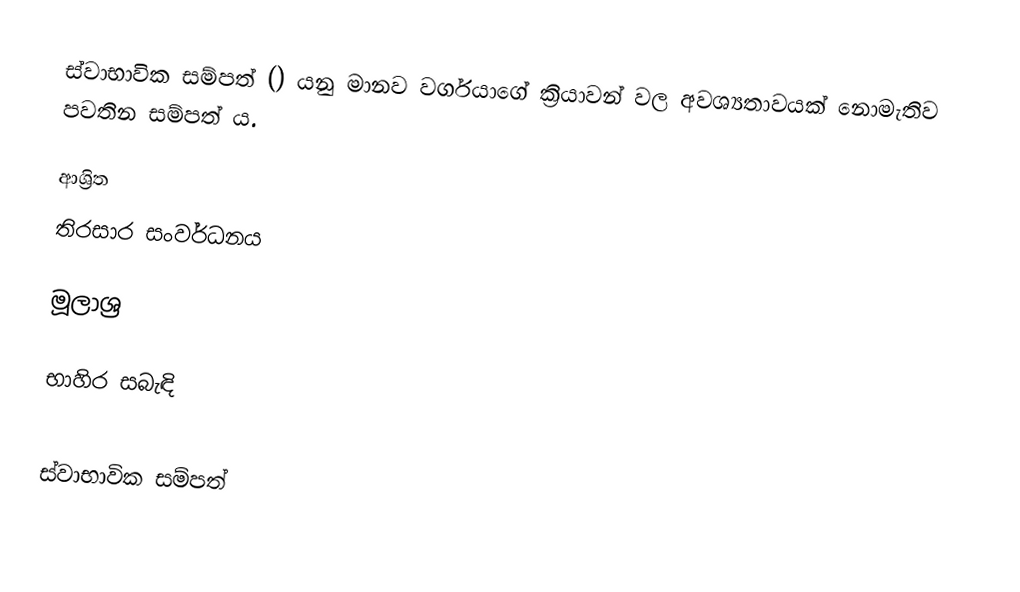
ස්වාභාවික සම්පත් () යනු මානව වර්ගයාගේ ක්‍රියාවන් වල අවශ්‍යතාවයක් නොමැතිව පවතින සම්පත් ය.

ආශ්‍රිත
 තිරසාර සංවර්ධනය

මූලාශ්‍ර

භාහිර සබැඳි

ස්වාභාවික සම්පත්